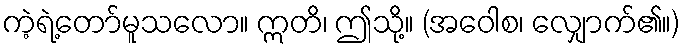
ကဲ့ရဲ့တော်မူသလော။ ဣတိ၊ ဤသို့။ (အဝေါစ၊ လျှောက်၏။)